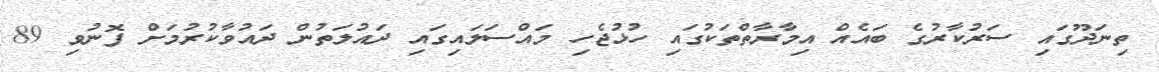
ތިނަދޫގައި ސަރުކާރުގެ ބައެއް އިމާރާތްތަކުގައި ހުޅުޖެހި މައްސަލައިގައި ދައުލަތުން ދައުވާކުރުމަށް ފޮނުވި 89